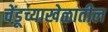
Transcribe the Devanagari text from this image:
चेंडूच्याखेळातील